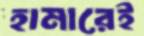
হামারেই